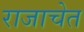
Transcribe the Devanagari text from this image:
राजाचेत